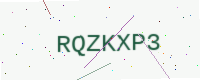
Text: RQZKXP3